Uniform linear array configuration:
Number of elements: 16
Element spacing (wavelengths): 0.5
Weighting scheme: hamming
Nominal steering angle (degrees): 15
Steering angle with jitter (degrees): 15.701
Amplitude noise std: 0.05
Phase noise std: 0.05

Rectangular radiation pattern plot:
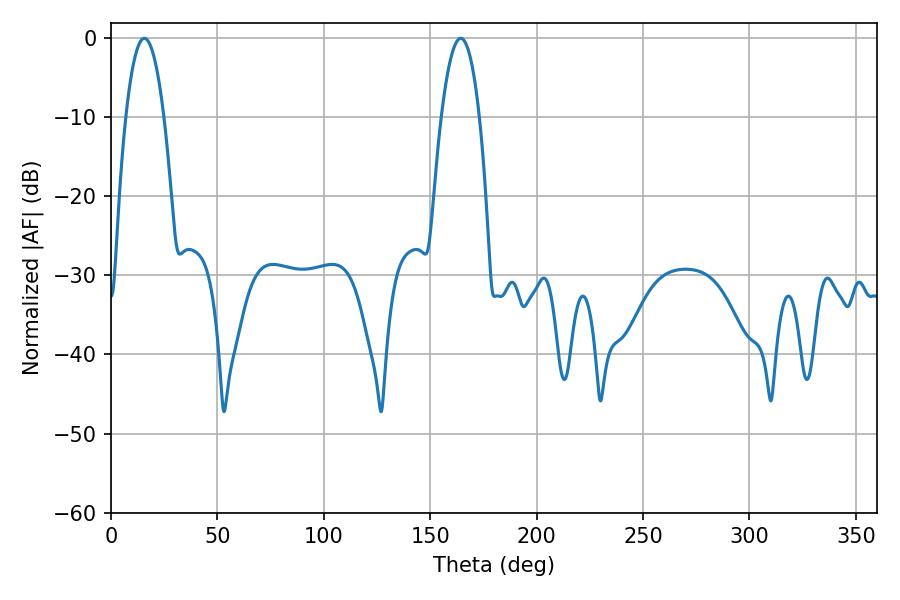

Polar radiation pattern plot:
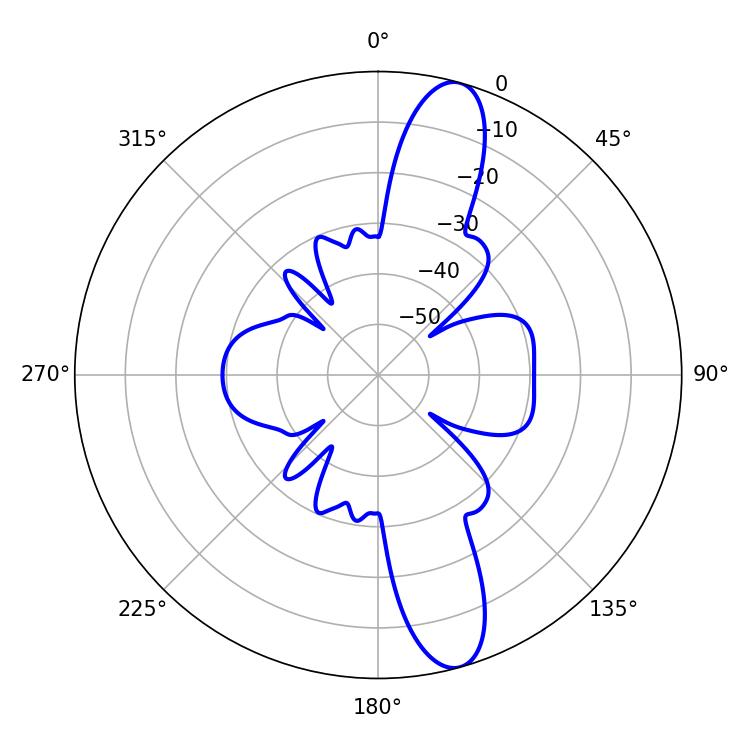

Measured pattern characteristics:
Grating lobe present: FALSE
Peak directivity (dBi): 12.955
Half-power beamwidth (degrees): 9.9
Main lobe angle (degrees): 15.66